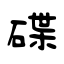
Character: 碟